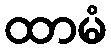
ထာမံ